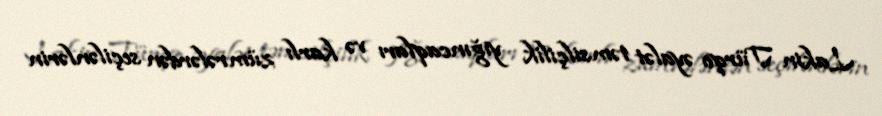
Lakin Türqo əyalət təmsilçilik yığıncaqları və karlı zümrələrdən seçilənlərin